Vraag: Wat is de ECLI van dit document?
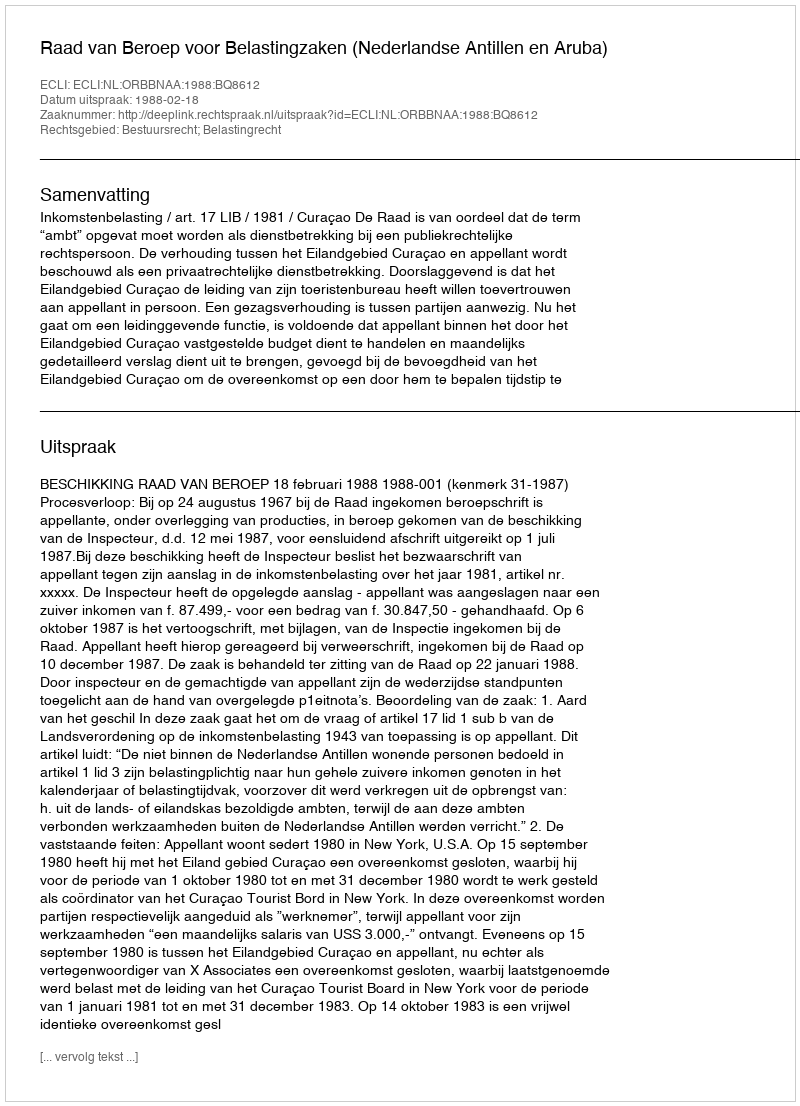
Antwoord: ECLI:NL:ORBBNAA:1988:BQ8612